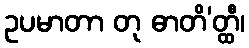
ဥပမာတာ တု ဓာတိ’တ္ထီ၊